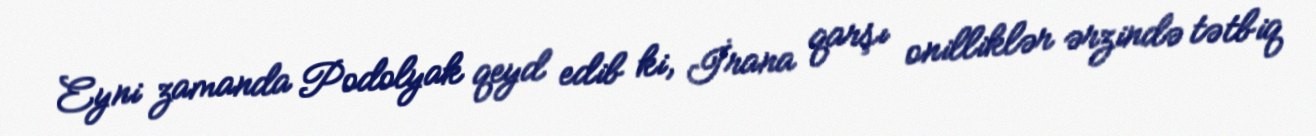
Eyni zamanda Podolyak qeyd edib ki, İrana qarşı onilliklər ərzində tətbiq